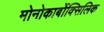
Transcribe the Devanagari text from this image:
मोनोकार्बोक्सिलिक